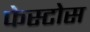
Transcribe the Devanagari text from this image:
फेस्टोस